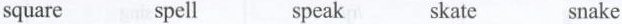
square spell speak skate snake